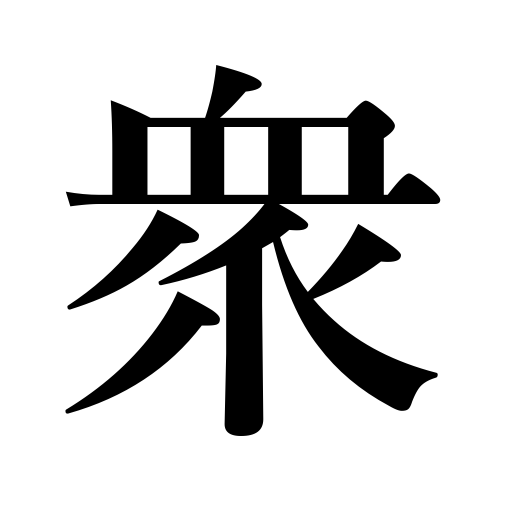
Meanings: great numbers,populace,multitude,companions